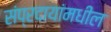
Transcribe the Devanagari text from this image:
संप्रदायांमधील